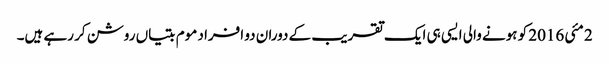
2 مئی 2016 کو ہونے والی ایسی ہی ایک تقریب کے دوران دو افراد موم بتیاں روشن کر رہے ہیں۔